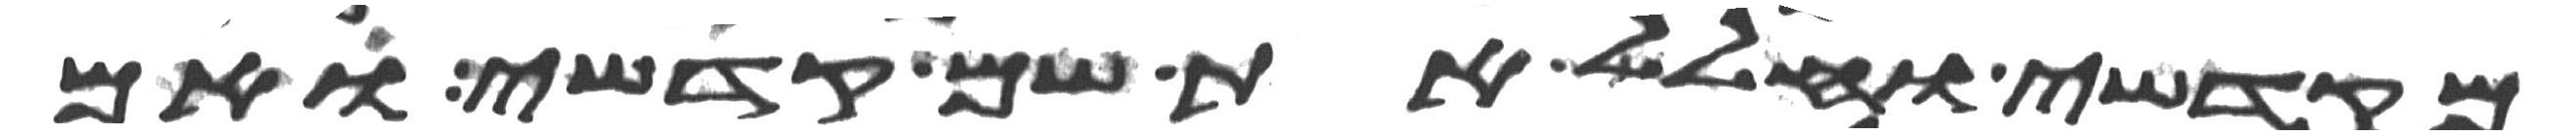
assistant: מקדשי וחלל את שם קדשי ואם